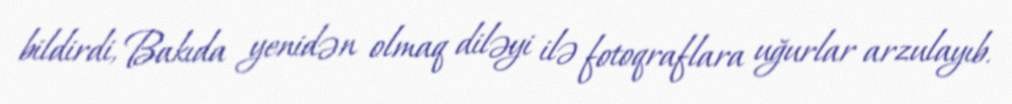
bildirdi, Bakıda yenidən olmaq diləyi ilə fotoqraflara uğurlar arzulayıb.